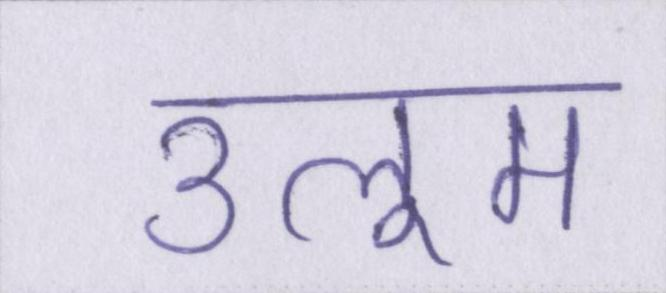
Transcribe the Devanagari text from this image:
उलूम